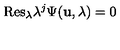
\mathrm { R e s } _ { \lambda } \lambda ^ { j } \Psi ( { \bf u } , \lambda ) = 0